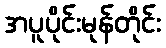
အပူပိုင်းမုန်တိုင်း